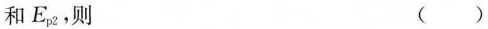
和E_{p2}，则 （）